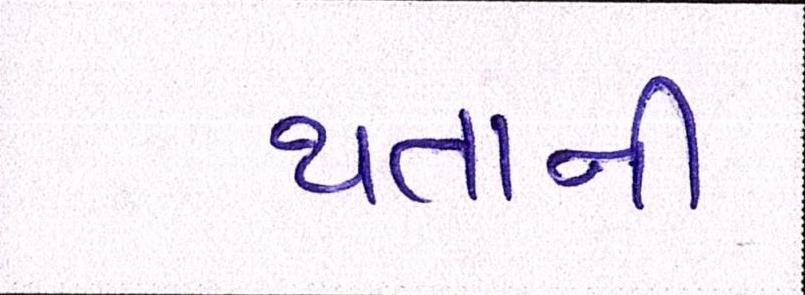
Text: થતાની